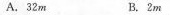
A. 32m B. 2m